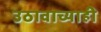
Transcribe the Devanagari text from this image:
उठावाच्याही